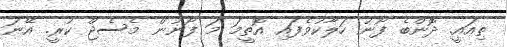
ތިއައީ. ދޮންބެ ފޯނު ހަލާކުވެފައި އޮތީމަ މަ ފޯނުން މެސެޖް ކުރީ. އޭނަ